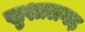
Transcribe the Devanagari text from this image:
खुशालगढ़